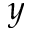
y